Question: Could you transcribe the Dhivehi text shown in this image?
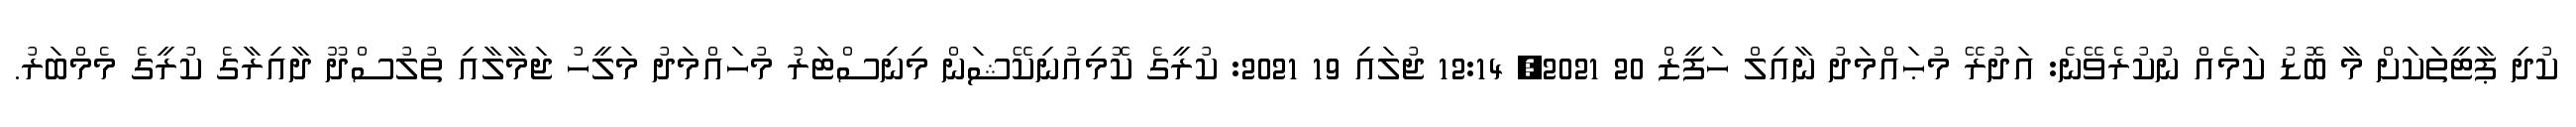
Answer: ކުދި ޕާޓީތަަކަށް މާ ބޮޑު ކަމެއް ނުކުރެވޭނެ: އަދުރޭ މުޙައްމަދު ނާއިލް ހަފީޒް 20 2021, 12:14 ޖުލައި 19 2021: ކުރީގެ ކޮމިއުނިކޭޝަން މިނިސްޓަރު މުހައްމަދު މަލީހު ޖަމާލާއި ތުލުސްދޫ ދާއިރާގެ ކުރީގެ މެމްބަރު.